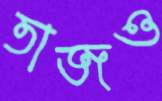
তাজও